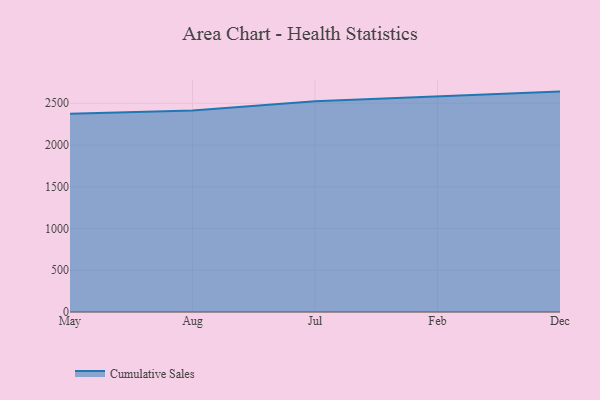
{"axis": {"x": "Month", "y": "Production Output"}, "legend": ["Cumulative Sales"], "data": [{"x": "May", "y": 2376.0, "type": "Cumulative Sales"}, {"x": "Aug", "y": 2413.9, "type": "Cumulative Sales"}, {"x": "Jul", "y": 2522.9, "type": "Cumulative Sales"}, {"x": "Feb", "y": 2577.6, "type": "Cumulative Sales"}, {"x": "Dec", "y": 2639.9, "type": "Cumulative Sales"}]}